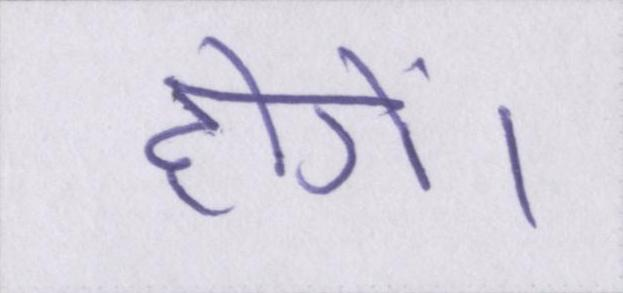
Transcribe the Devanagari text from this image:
होगें।